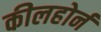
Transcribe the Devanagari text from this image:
कीलहोर्न